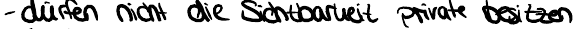
- dürfen nicht die Sichtbarkeit private besitzen